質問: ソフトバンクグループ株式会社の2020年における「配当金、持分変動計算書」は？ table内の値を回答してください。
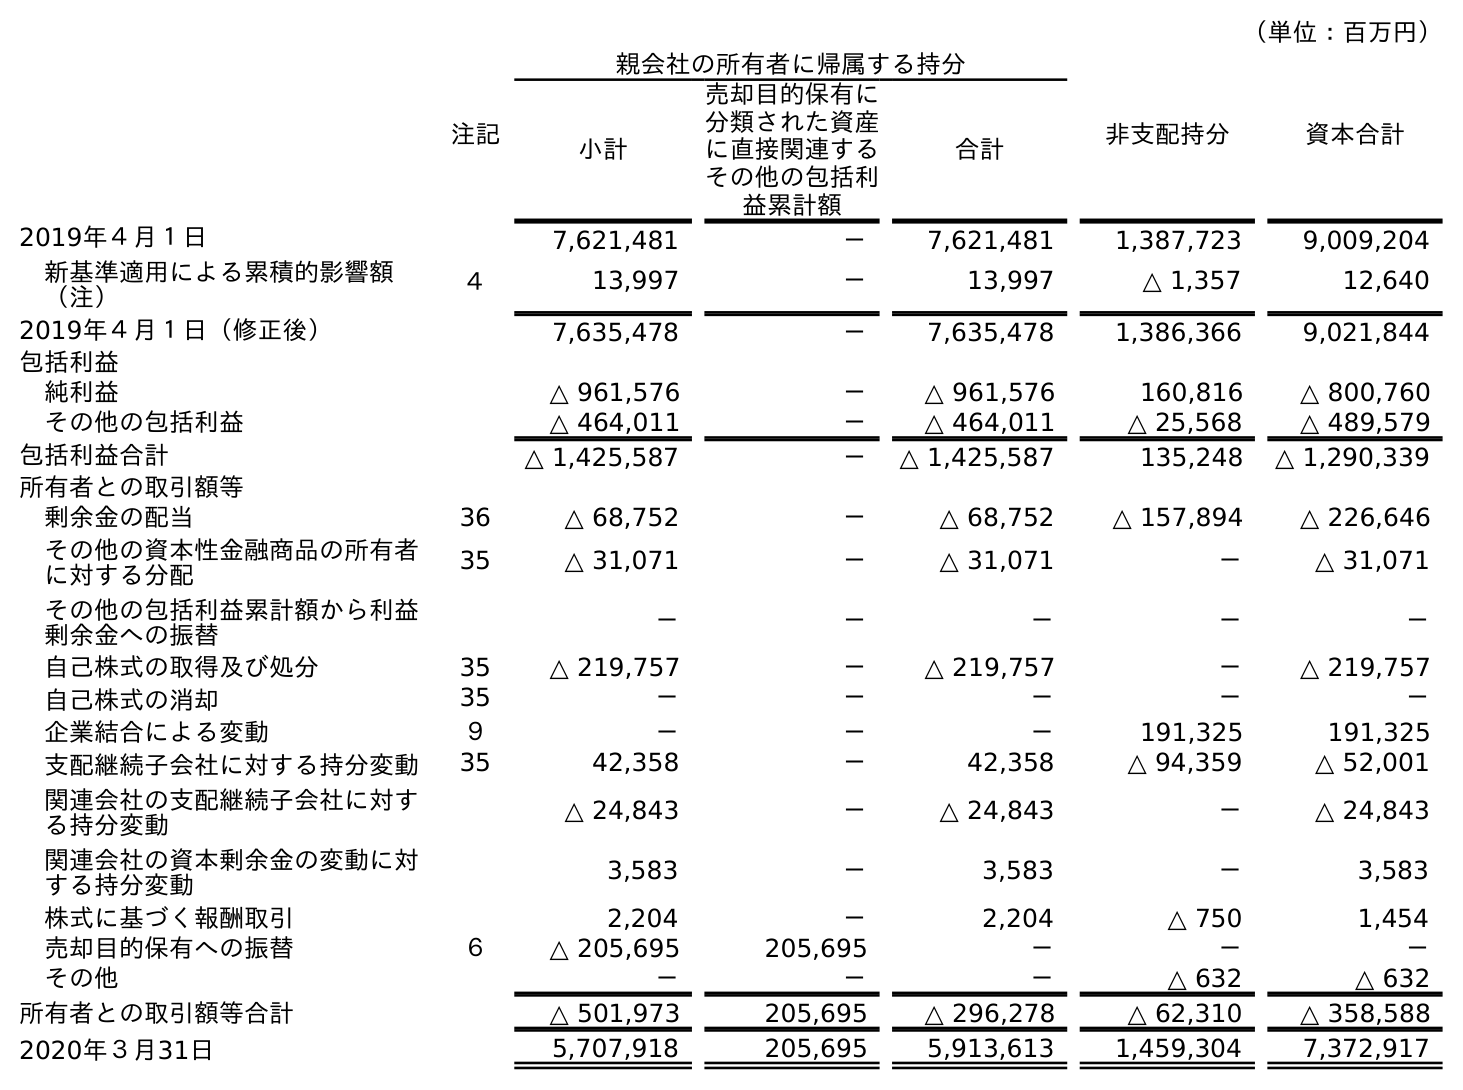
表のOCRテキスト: （単位：百万円） 注記 親会社の所有者に帰属する持分 非支配持分 資本合計 小計 売却目的保有に 分類された資産 に直接関連する その他の包括利 益累計額 合計 2019年４月１日 7,621,481 － 7,621,481 1,387,723 9,009,204 新基準適用による累積的影響額 （注） ４ 13,997 － 13,997 △ 1,357 12,640 2019年４月１日（修正後） 7,635,478 － 7,635,478 1,386,366 9,021,844 包括利益 純利益 △ 961,576 － △ 961,576 160,816 △ 800,760 その他の包括利益 △ 464,011 － △ 464,011 △ 25,568 △ 489,579 包括利益合計 △ 1,425,587 － △ 1,425,587 135,248 △ 1,290,339 所有者との取引額等 剰余金の配当 36 △ 68,752 － △ 68,752 △ 157,894 △ 226,646 その他の資本性金融商品の所有者 に対する分配 35 △ 31,071 － △ 31,071 － △ 31,071 その他の包括利益累計額から利益 剰余金への振替 － － － － － 自己株式の取得及び処分 35 △ 219,757 － △ 219,757 － △ 219,757 自己株式の消却 35 － － － － － 企業結合による変動 ９ － － － 191,325 191,325 支配継続子会社に対する持分変動 35 42,358 － 42,358 △ 94,359 △ 52,001 関連会社の支配継続子会社に対す る持分変動 △ 24,843 － △ 24,843 － △ 24,843 関連会社の資本剰余金の変動に対 する持分変動 3,583 － 3,583 － 3,583 株式に基づく報酬取引 2,204 － 2,204 △ 750 1,454 売却目的保有への振替 ６ △ 205,695 205,695 － － － その他 － － － △ 632 △ 632 所有者との取引額等合計 △ 501,973 205,695 △ 296,278 △ 62,310 △ 358,588 2020年３月31日 5,707,918 205,695 5,913,613 1,459,304 7,372,917
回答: △226,646